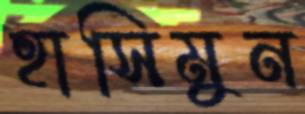
হাসিমুন